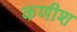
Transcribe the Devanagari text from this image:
कणीश